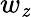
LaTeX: w_{\mathit{z}}